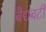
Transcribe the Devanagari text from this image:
बैद्यबटी